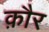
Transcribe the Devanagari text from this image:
क़ौर